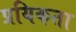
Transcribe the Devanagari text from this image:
प्रयिकता